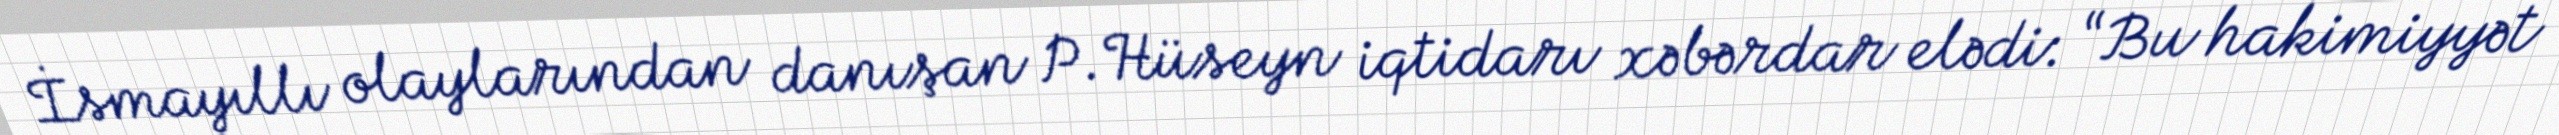
İsmayıllı olaylarından danışan P.Hüseyn iqtidarı xəbərdar elədi: “Bu hakimiyyət